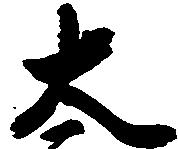
大